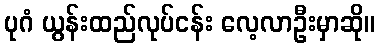
ပုဂံ ယွန်းထည်လုပ်ငန်း လေ့လာဦးမှာဆို။